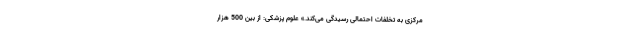
مرکزی به تخلفات احتمالی رسیدگی می‌کند.» علوم پزشکی: از بین 500 هزار